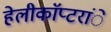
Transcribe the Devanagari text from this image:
हेलीकाॅप्टरांे